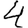
Digit: 4